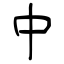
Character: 中